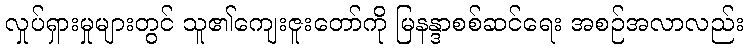
လှုပ်ရှားမှုများတွင် သူ၏ကျေးဇူးတော်ကို မြနန္ဒာစစ်ဆင်ရေး အစဉ်အလာလည်း